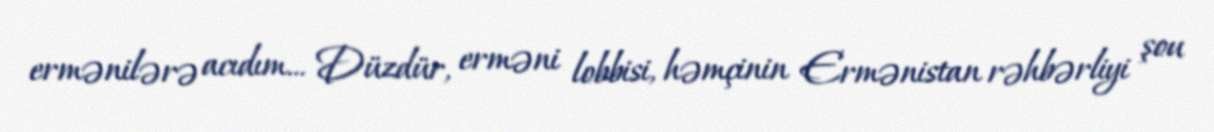
ermənilərə acıdım... Düzdür, erməni lobbisi, həmçinin Ermənistan rəhbərliyi şou